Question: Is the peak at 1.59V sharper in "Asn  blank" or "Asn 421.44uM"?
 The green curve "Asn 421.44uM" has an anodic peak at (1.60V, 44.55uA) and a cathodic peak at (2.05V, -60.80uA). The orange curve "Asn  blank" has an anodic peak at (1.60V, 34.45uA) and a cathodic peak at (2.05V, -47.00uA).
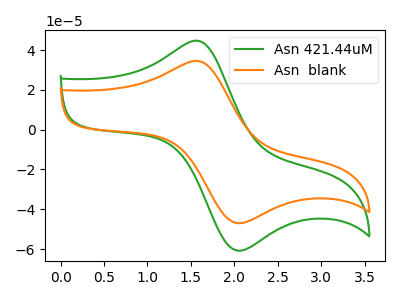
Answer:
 <answer>The peak at 1.59V is lower in "Asn  blank" than in "Asn 421.44uM".</answer>
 <eval>lower</eval>